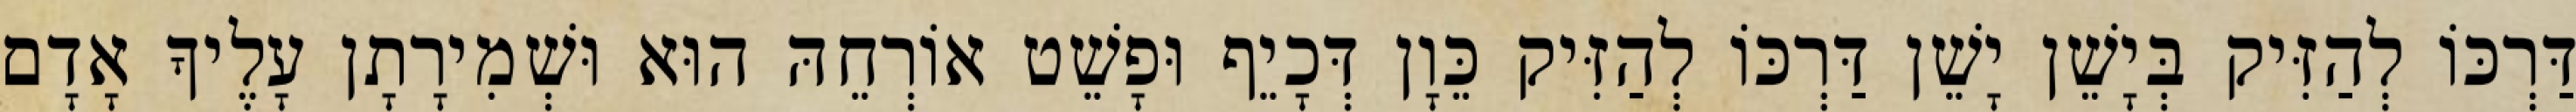
דַּרְכּוֹ לְהַזִּיק בְּיָשֵׁן יָשֵׁן דַּרְכּוֹ לְהַזִּיק כֵּוָן דְּכָיֵף וּפָשֵׁט אוֹרְחֵהּ הוּא וּשְׁמִירָתָן עָלֶיךָ אָדָם